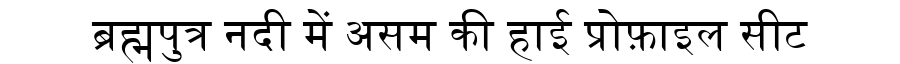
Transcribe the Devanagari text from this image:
ब्रह्मपुत्र नदी में असम की हाई प्रोफ़ाइल सीट